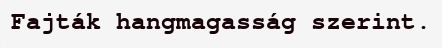
Fajták hangmagasság szerint.